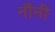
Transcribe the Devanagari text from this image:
नौनी